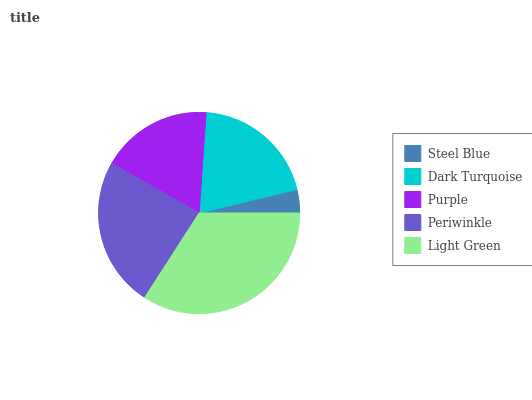
| Steel Blue | Dark Turquoise | Purple | Periwinkle | Light Green |
 | --- | --- | --- | --- | --- |
 | 3.78% | 20.1% | 17.9% | 24.1% | 34.1% |